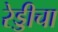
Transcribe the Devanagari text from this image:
रेड्डीचा